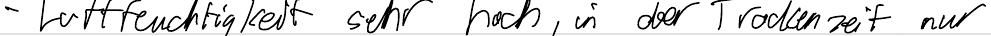
- Luftfeuchtigkeit sehr hoch, in der Trockenzeit nur